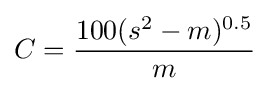
C={\frac {100(s^{2}-m)^{0.5}}{m}}